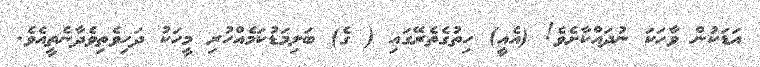
އަޑަކުން ވާހަކަ ނުދައްކާށެވެ! (އެއީ) ހިތުގެތެރޭގައި ( ގެ) ބަލިމަޑުކަމެއްހުރި މީހަކު ދަހިވެތިވެދާނެތީއެވެ.